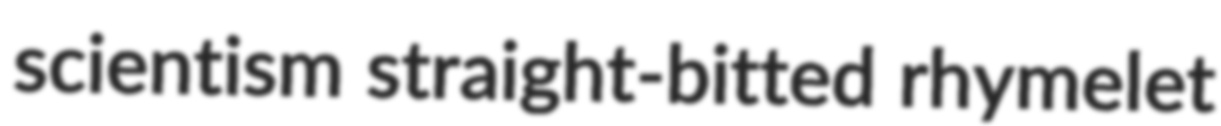
scientism straight-bitted rhymelet